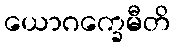
ယောဂက္ခေမီတိ